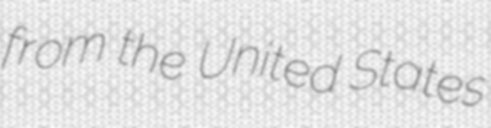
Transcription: from the United States